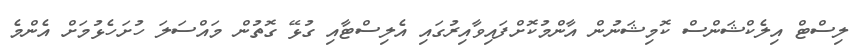
ލިސްޓް އިލެކްޝަންސް ކޮމިޝަނުން އާންމުކޮށްފައިވާއިރުގައި އެލިސްޓާއި ގުޅޭ ގޮތުން މައްސަލަ ހުށަހެޅުމަށް އެންމެ